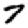
Digit: 7